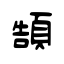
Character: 頶